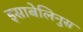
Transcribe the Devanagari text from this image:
इसाबेलिनुस